Theory and practice of anti-rabic immunisation - Number 30
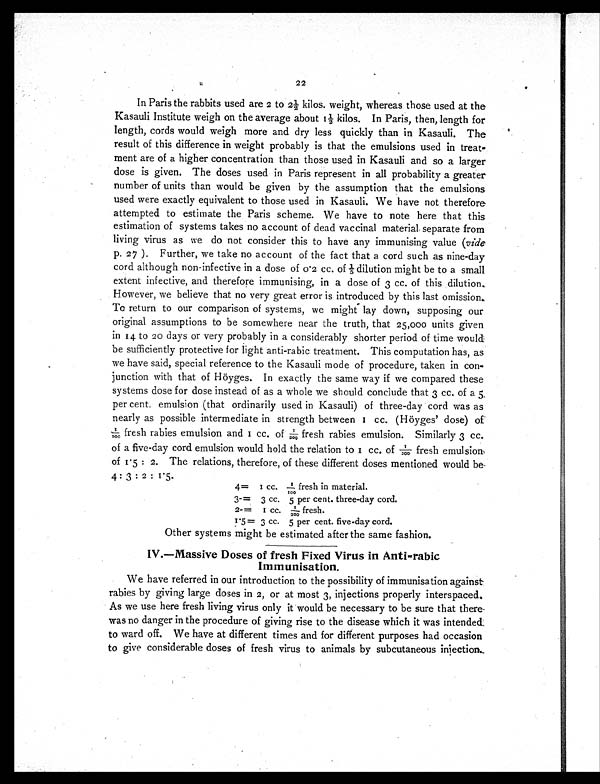
22
In Paris the rabbits used are 2 to 2½ kilos. weight, whereas those used at the
Kasauli Institute weigh on the average about 1½ kilos. In Paris, then, length for
length, cords would weigh more and dry less quickly than in Kasauli. The
result of this difference in weight probably is that the emulsions used in treat-
ment are of a higher concentration than those used in Kasauli and so a larger
dose is given. The doses used in Paris represent in all probability a greater
number of units than would be given by the assumption that the emulsions
used were exactly equivalent to those used in Kasauli. We have not therefore
attempted to estimate the Paris scheme. We have to note here that this
estimation of systems takes no account of dead vaccinal material separate from
living virus as we do not consider this to have any immunising value (vide
p. 27 ). Further, we take no account of the fact that a cord such as nine-day
cord although non-infective in a dose of 0.2 cc. of 1/5 dilution might be to a small
extent infective, and therefore immunising, in a dose of 3 cc. of this dilution.
However, we believe that no very great error is introduced by this last omission.
To return to our comparison of systems, we might lay down, supposing our
original assumptions to be somewhere near the truth, that 25,000 units given
in 14 to 20 days or very probably in a considerably shorter period of time would
be sufficiently protective for light anti-rabic treatment. This computation has, as
we have said, special reference to the Kasauli mode of procedure, taken in con-
junction with that of Höyges. In exactly the same way if we compared these
systems dose for dose instead of as a whole we should conclude that 3 cc. of a 5
per cent. emulsion (that ordinarily used in Kasauli) of three-day cord was as
nearly as possible intermediate in strength between 1 cc. (Höyges' dose) of
1/100 fresh rabies emulsion and 1 cc. of 1/200 fresh rabies emulsion. Similarly 3 cc.
of a five-day cord emulsion would hold the relation to 1 cc. of 1/200 fresh emulsion
of 1.5 : 2. The relations, therefore, of these different doses mentioned would be
4 : 3 : 2 : 1.5 .
4= 1 cc. 1/100 fresh in material.
3-= 3 cc. 5 per cent. three-day cord.
2-= 1 cc. 1/200 fresh.
1.5 = 3 cc. 5 per cent. five-day cord.
Other systems might be estimated after the same fashion.
IV.—Massive Doses of fresh Fixed Virus in Anti-rabic
Immunisation.
We have referred in our introduction to the possibility of immunisation against
rabies by giving large doses in 2, or at most 3, injections properly interspaced.
As we use here fresh living virus only it would be necessary to be sure that there
was no danger in the procedure of giving rise to the disease which it was intended
to ward off. We have at different times and for different purposes had occasion
to give considerable doses of fresh virus to animals by subcutaneous injection.